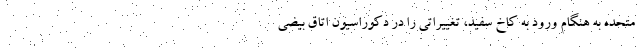
متحده به هنگام ورود به کاخ سفید، تغییراتی را در دکوراسیون اتاق بیضی